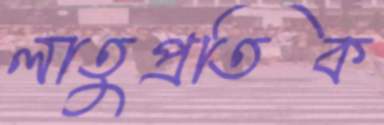
লাতুপ্রতিক